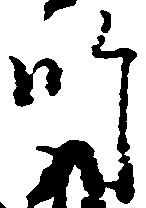
師